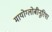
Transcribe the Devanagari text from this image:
मायोग्लोबीनूरिया